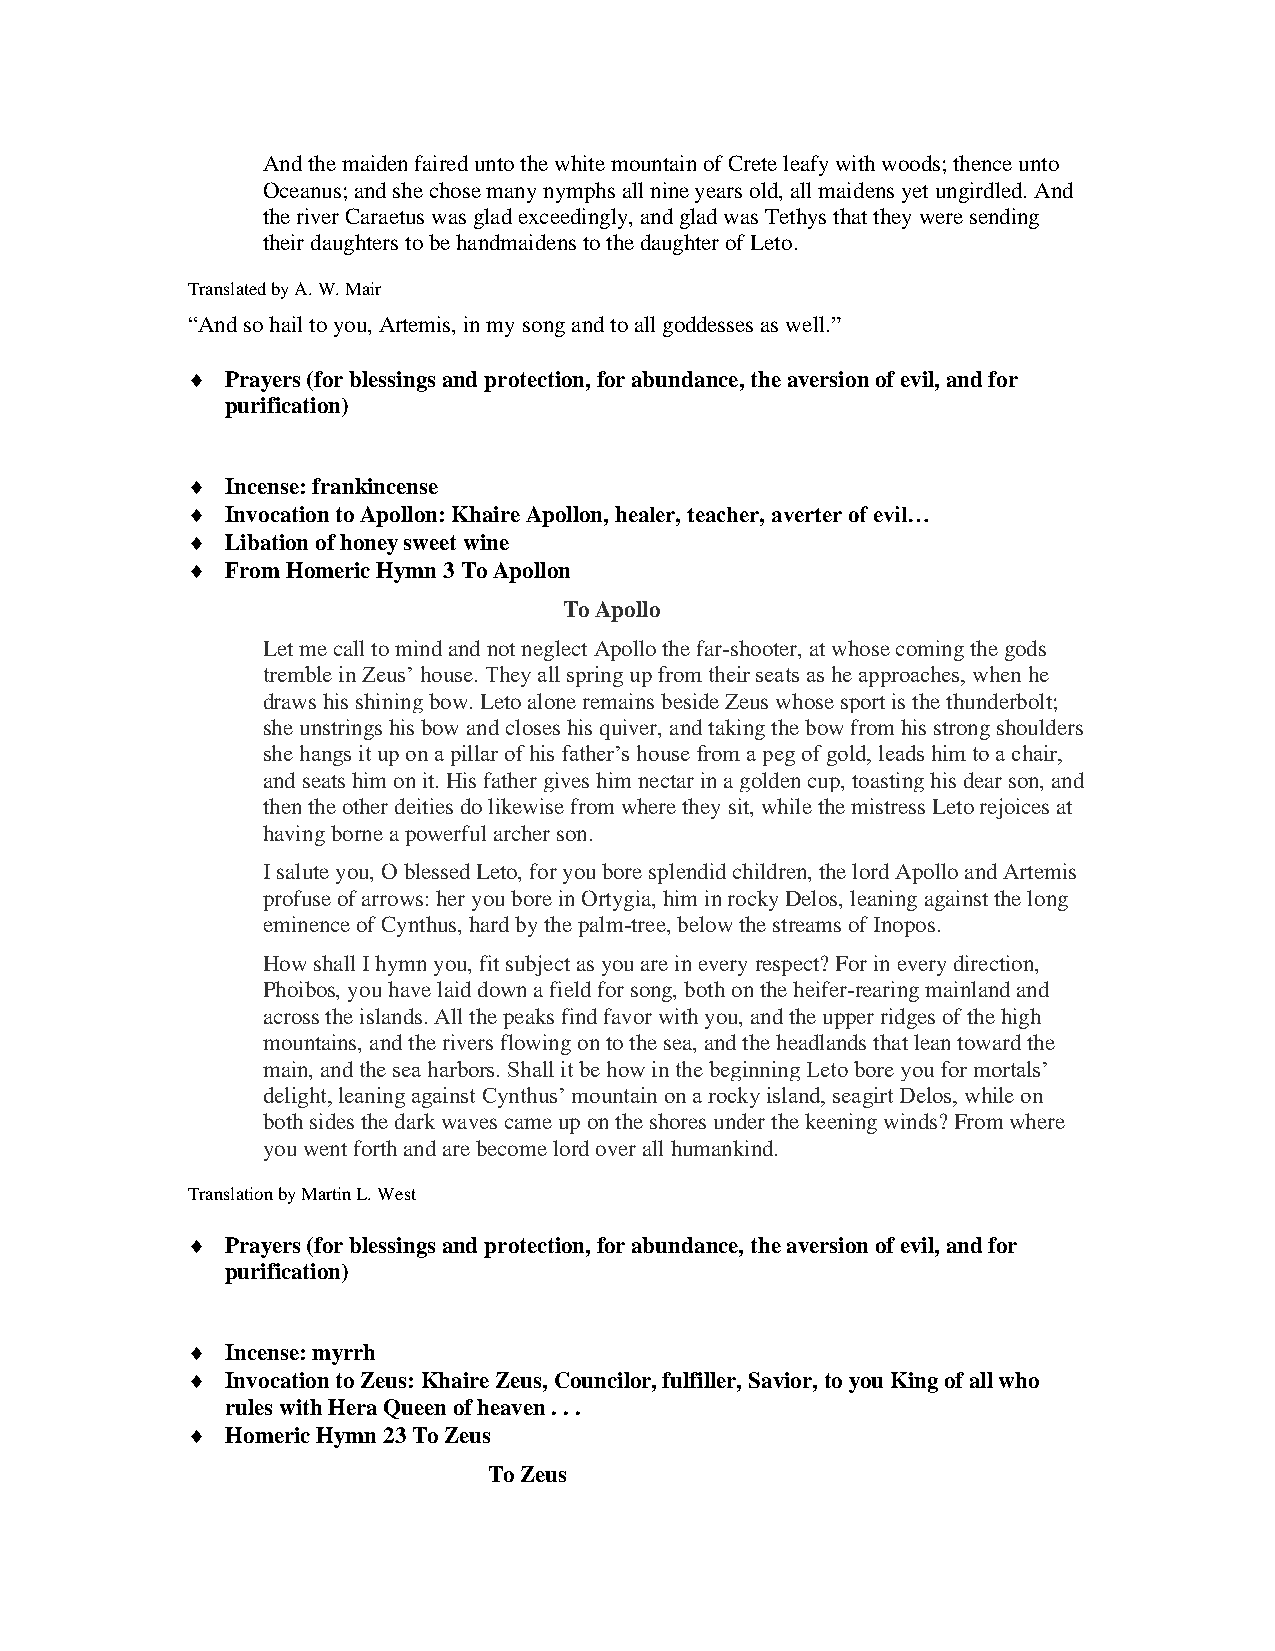
And the maiden faired unto the white mountain of Crete leafy with woods; thence unto
 Oceanus; and she chose many nymphs all nine years old, all maidens yet ungirdled. And
 the river Caraetus was glad exceedingly, and glad was Tethys that they were sending
 their daughters to be handmaidens to the daughter of Leto.
 Translated by A. W. Mair
 “And so hail to you, Artemis, in my song and to all goddesses as well.”
   Prayers (for blessings and protection, for abundance, the aversion of evil, and for
 purification)
   Incense: frankincense
   Invocation to Apollon: Khaire Apollon, healer, teacher, averter of evil…
   Libation of honey sweet wine
   From Homeric Hymn 3 To Apollon
 To Apollo
 Let me call to mind and not neglect Apollo the far-shooter, at whose coming the gods
 tremble in Zeus’ house. They all spring up from their seats as he approaches, when he
 draws his shining bow. Leto alone remains beside Zeus whose sport is the thunderbolt;
 she unstrings his bow and closes his quiver, and taking the bow from his strong shoulders
 she hangs it up on a pillar of his father’s house from a peg of gold, leads him to a chair,
 and seats him on it. His father gives him nectar in a golden cup, toasting his dear son, and
 then the other deities do likewise from where they sit, while the mistress Leto rejoices at
 having borne a powerful archer son.
 I salute you, O blessed Leto, for you bore splendid children, the lord Apollo and Artemis
 profuse of arrows: her you bore in Ortygia, him in rocky Delos, leaning against the long
 eminence of Cynthus, hard by the palm-tree, below the streams of Inopos.
 How shall I hymn you, fit subject as you are in every respect? For in every direction,
 Phoibos, you have laid down a field for song, both on the heifer-rearing mainland and
 across the islands. All the peaks find favor with you, and the upper ridges of the high
 mountains, and the rivers flowing on to the sea, and the headlands that lean toward the
 main, and the sea harbors. Shall it be how in the beginning Leto bore you for mortals’
 delight, leaning against Cynthus’ mountain on a rocky island, seagirt Delos, while on
 both sides the dark waves came up on the shores under the keening winds? From where
 you went forth and are become lord over all humankind.
 Translation by Martin L. West
   Prayers (for blessings and protection, for abundance, the aversion of evil, and for
 purification)
   Incense: myrrh
   Invocation to Zeus: Khaire Zeus, Councilor, fulfiller, Savior, to you King of all who
 rules with Hera Queen of heaven . . .
   Homeric Hymn 23 To Zeus
 To Zeus